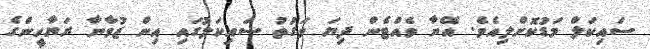
ސައިކަލް މަޑުކޮށްލިއެވެ. އޭނާ ވެއްޓެން ދިޔަ ވަގުތު ސައިކަލުގައި އިން ޒުވާނާ ރަޔާހީންގެ